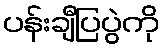
ပန်းချီပြပွဲကို